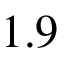
1 . 9